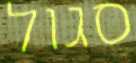
סגול